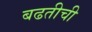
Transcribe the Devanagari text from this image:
बढतीची